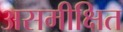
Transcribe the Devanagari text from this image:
असमीक्षित